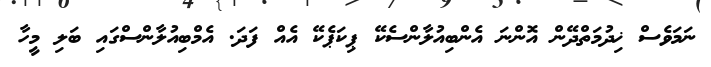
ނަމަވެސް ޚިދުމަތްދޭން އޮންނަ އެންބިއުލާންސެކޭ ޕިކަޕެކޭ އެއް ފަދަ. އެމްބިއުލާންސްގައި ބަލި މީހާ